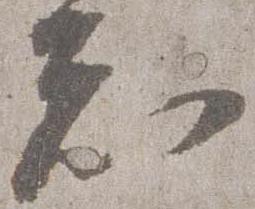
知